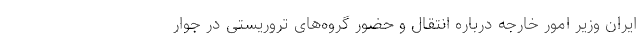
ایران وزیر امور خارجه درباره انتقال و حضور گروه‌های تروریستی در جوار